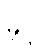
ခုဒ္ဒါ